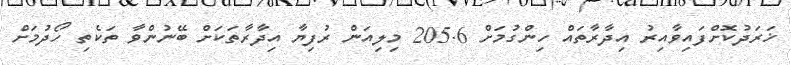
ޚަރަދުކޮށްފައިވާއިރު އިދާރާތައް ހިންގުމަށް 205.6 މިލިއަން ރުފިޔާ އިދާރާތަކަށް ބޭނުންވާ ތަކެތި ހޯދުމަށް